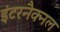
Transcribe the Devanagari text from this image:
इंटरनैक्नल